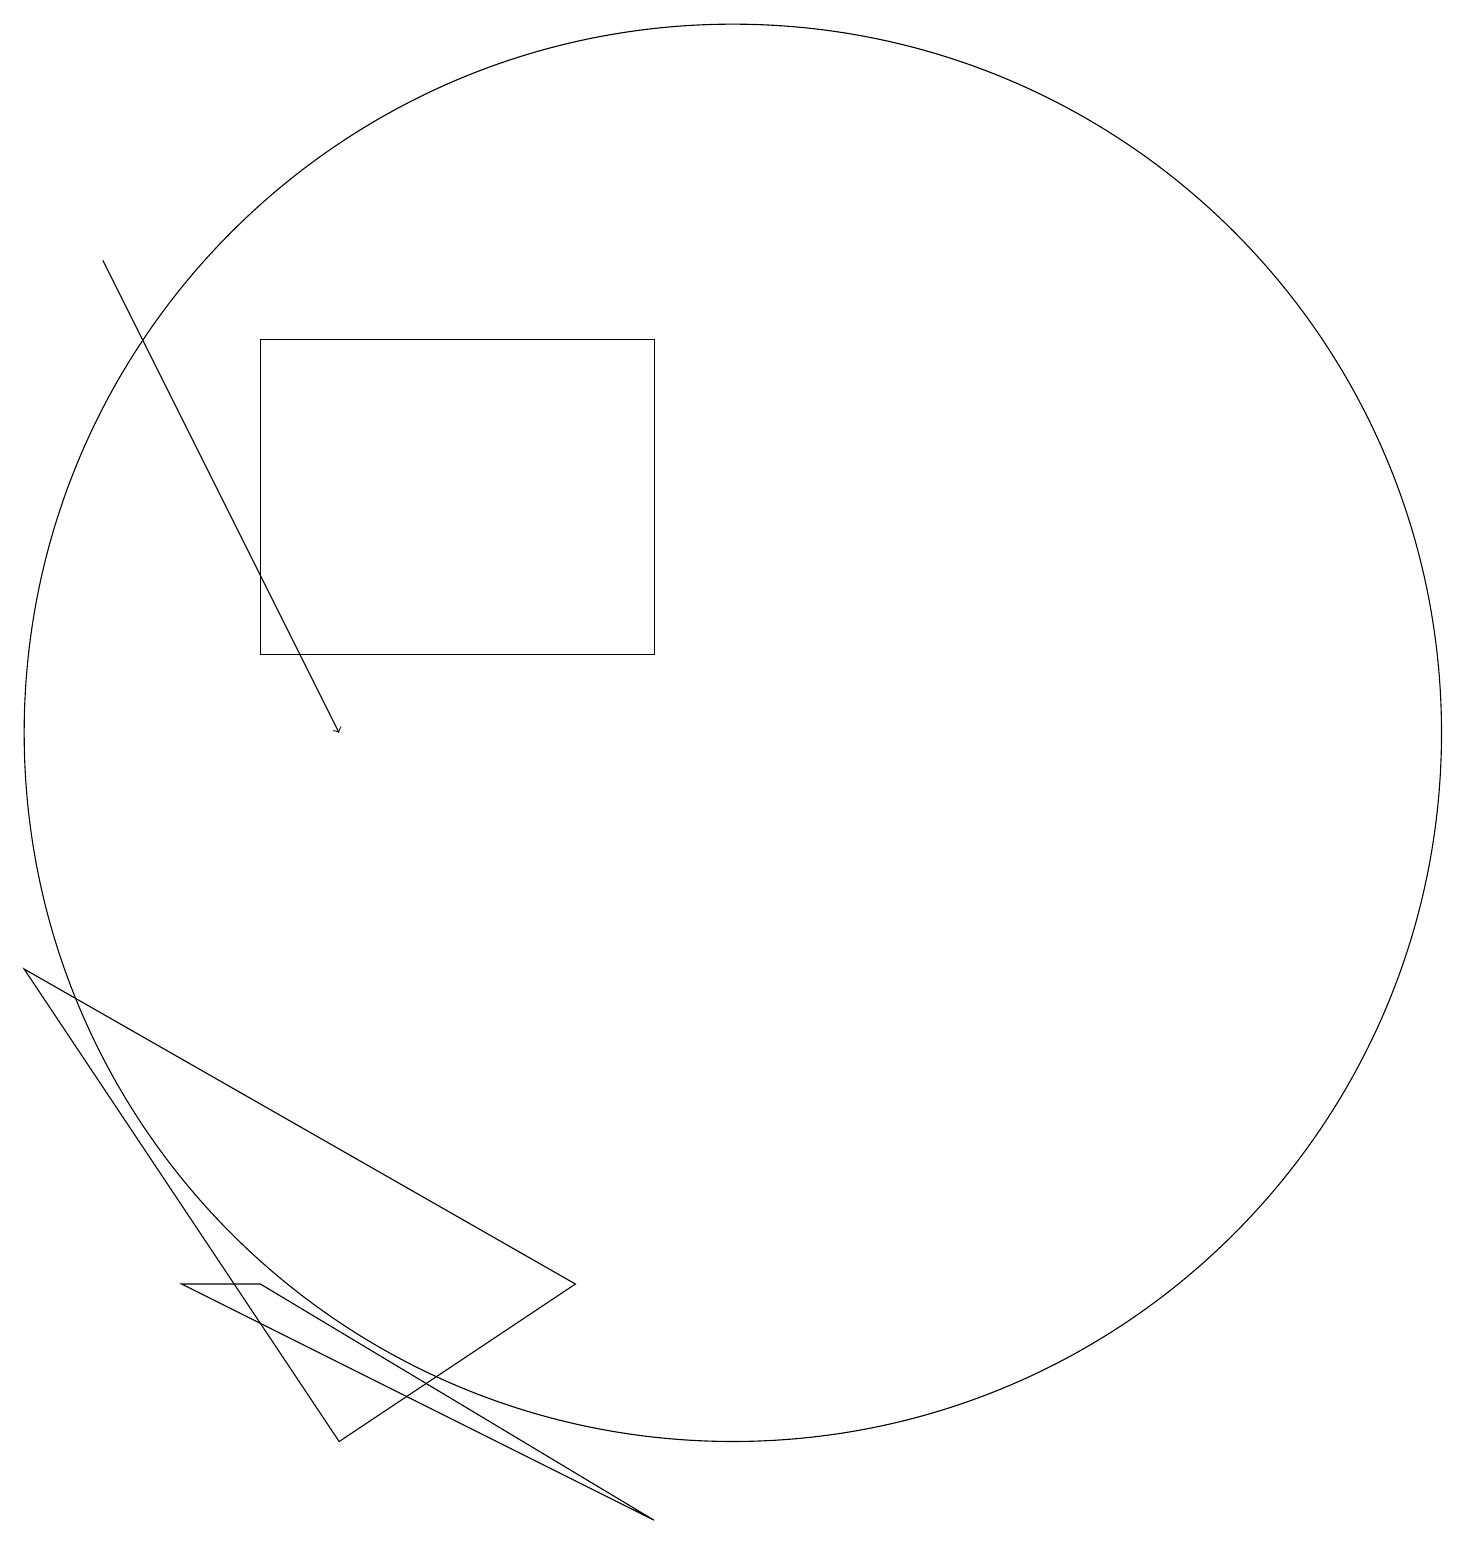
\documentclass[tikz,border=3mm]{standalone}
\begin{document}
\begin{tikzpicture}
\draw (10,12) circle (9);
\draw (9,17) rectangle (4,13);
\draw (3,5) -- (9,2) -- (4,5) -- cycle;
\draw (8,5) -- (1,9) -- (5,3) -- cycle;
\draw[->] (2,18) -- (5,12);
\draw (10,11) circle (0);
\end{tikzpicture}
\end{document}